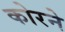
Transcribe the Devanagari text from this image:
कोरने